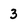
Character: 3